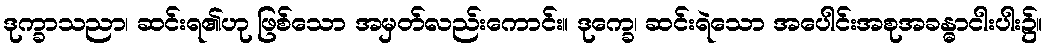
ဒုက္ခာသညာ၊ ဆင်းရ၏ဟု ဖြစ်သော အမှတ်လည်းကောင်း။ ဒုက္ခေ၊ ဆင်းရဲသော အပေါင်းအစုအခန္ဓာငါးပါး၌။